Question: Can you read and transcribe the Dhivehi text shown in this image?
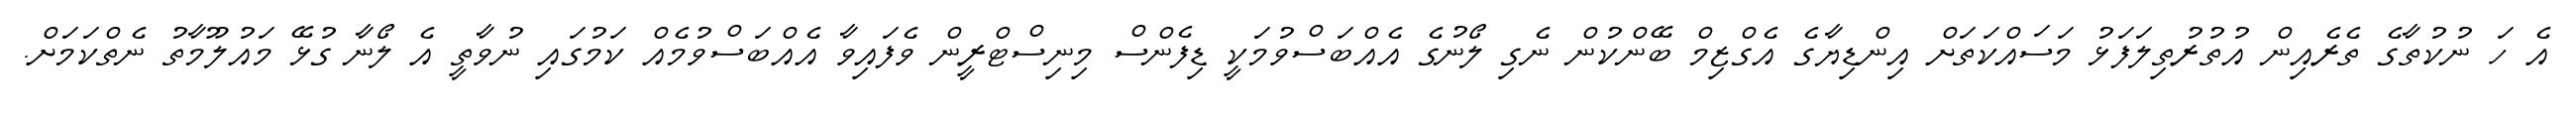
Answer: އެ ހަ ނުކުތާގެ ތެރެއިން އުތުރުތިލަފަޅު މަސައްކަތަށް އިންޑިޔާގެ އެގްޒިމް ބޭންކުން ނެގި ލޯނުގެ އެއްބަސްވުމަކީ ޑިފެންސް މިނިސްޓްރީން ވެފައިވާ އެއްބަސްވުމެއް ކަމުގައި ނުވާތީ އެ ލޯނާ ގުޅޭ މައުލޫމާތު ނެތްކަމަށް.